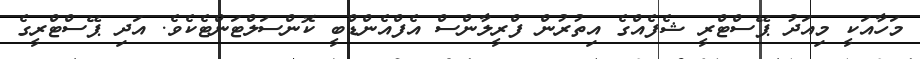
މަހާއަކީ މިއަދު ޕޭސްޓްރީ ޝެފެއްގެ އިތުރުން ފްރީލާންސް އެފްއެންޑްބީ ކޮންސަލްޓަންޓެކެވެ. އަދި ޕޭސްޓްރީގެ